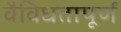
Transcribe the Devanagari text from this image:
वैविधतापूर्ण